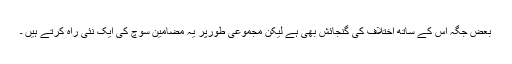
بعض جگہ اس کے ساتھ اختلاف کی گنجائش بھی ہے لیکن مجموعی طورپر یہ مضامین سوچ کی ایک نئی راہ کرتے ہیں ۔